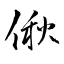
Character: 偢